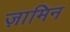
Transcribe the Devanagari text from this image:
ज़ामिन